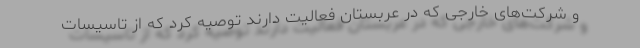
و شرکت‌های خارجی که در عربستان فعالیت دارند توصیه کرد که از تاسیسات